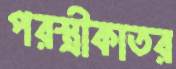
পরস্ত্রীকাতর